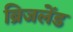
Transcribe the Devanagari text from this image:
ब्रिजलेंड